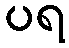
ပရ